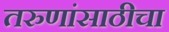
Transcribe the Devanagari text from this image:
तरुणांसाठीचा